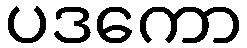
ပဒကော